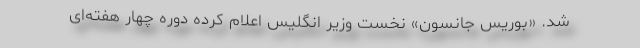
شد. «بوریس جانسون» نخست وزیر انگلیس اعلام کرده دوره چهار هفته‌ای